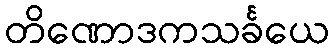
တိဏောဒကသင်္ခယေ